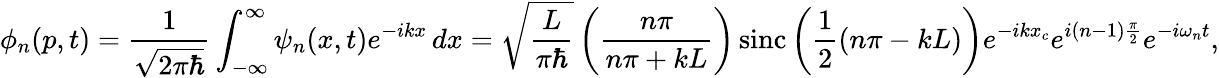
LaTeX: \phi_{n}(p,t)={\frac{1}{\sqrt{2\pi\hbar}}}\int_{-\infty}^{\infty}\psi_{n}(x,t)e^{-ikx}\, dx={\sqrt{\frac{L}{\pi\hbar}}}\left({\frac{n\pi}{n\pi+kL}}\right)\, {\textrm{sinc}}\left({\frac{1}{2}}(n\pi-kL)\right)e^{-ikx_{c}}e^{i(n-1){\frac{\pi}{2}}}e^{-i\omega_{n}t},